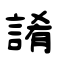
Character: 誵